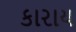
કારાય